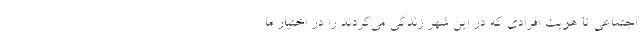
اجتماعی تا هویت افرادی که در این شهر زندگی می‌کردند را در اختیار ما